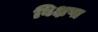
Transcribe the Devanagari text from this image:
विक्षप्त